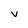
Character: v